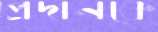
প্রদানকে